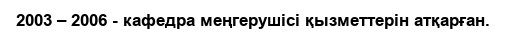
2003 – 2006 - кафедра меңгерушісі қызметтерін атқарған.